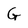
Character: G